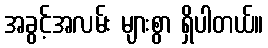
အခွင့်အလမ်း များစွာ ရှိပါတယ်။